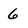
Character: 6